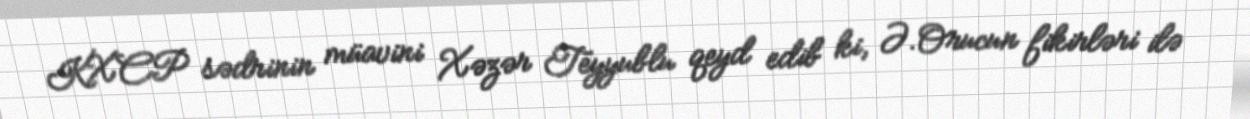
KXCP sədrinin müavini Xəzər Teyyublu qeyd edib ki, Ə.Orucun fikirləri ilə